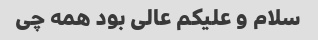
سلام و علیکم عالی بود همه چی